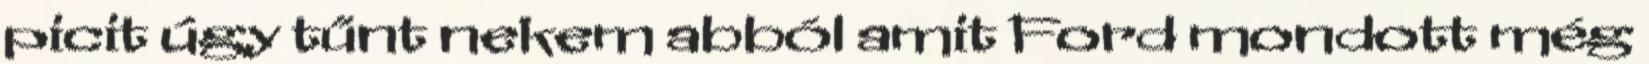
picit úgy tűnt nekem abból amit Ford mondott még